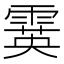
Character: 霙